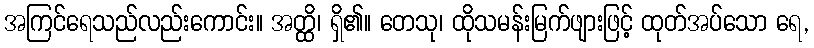
အကြင်ရေသည်လည်းကောင်း။ အတ္ထိ၊ ရှိ၏။ တေသု၊ ထိုသမန်းမြက်ဖျားဖြင့် ထုတ်အပ်သော ရေ,